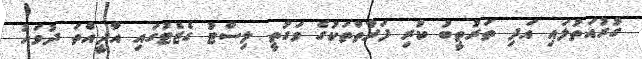
ގުރުއަތުލައި އަދި ތަރުތީބު ކުރި ފަރާތްތަކުގެ ވަގުތީ ލިސްޓު ގެޒެޓުގައި އާދީއްތަ ދުވަހު